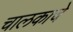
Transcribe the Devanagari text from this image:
चालकाचे